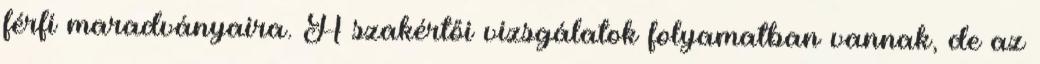
férfi maradványaira. A szakértői vizsgálatok folyamatban vannak, de az